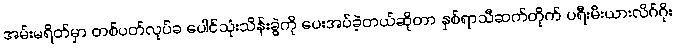
အမ်းမရိတ်မှာ တစ်ပတ်လုပ်ခ ပေါင်သုံးသိန်းခွဲကို ပေးအပ်ခဲ့တယ်ဆိုတာ နှစ်ရာသီဆက်တိုက် ပရီးမီးယားလိဂ်ဂိုး